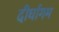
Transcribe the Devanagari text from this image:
दीर्घागम